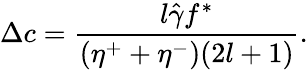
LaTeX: \Delta c=\frac{l\hat{\gamma}f^{*}}{(\eta^{+}+\eta^{-})(2l+1)}.